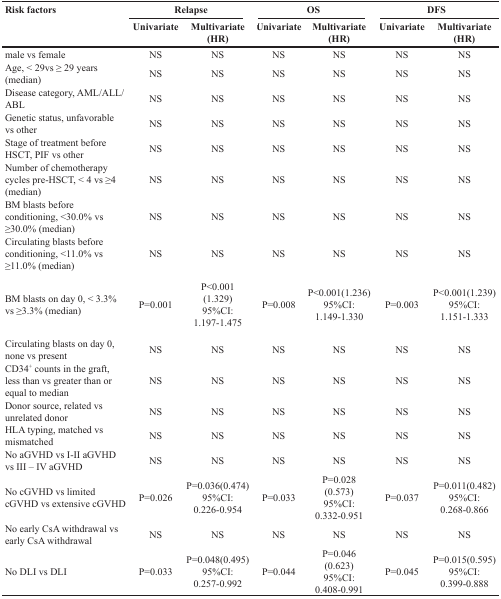
<table><thead><tr><td rowspan="2"><b>Risk factors</b></td><td colspan="2"><b>Relapse</b></td><td colspan="2"><b>OS</b></td><td colspan="2"><b>DFS</b></td></tr><tr><td><b>Univariate</b></td><td><b>Multivariate (HR)</b></td><td><b>Univariate</b></td><td><b>Multivariate (HR)</b></td><td><b>Univariate</b></td><td><b>Multivariate (HR)</b></td></tr></thead><tbody><tr><td>male vs female</td><td>NS</td><td>NS</td><td>NS</td><td>NS</td><td>NS</td><td>NS</td></tr><tr><td>Age, &lt; 29vs ≥ 29 years (median)</td><td>NS</td><td>NS</td><td>NS</td><td>NS</td><td>NS</td><td>NS</td></tr><tr><td>Disease category, AML/ALL/ABL</td><td>NS</td><td>NS</td><td>NS</td><td>NS</td><td>NS</td><td>NS</td></tr><tr><td>Genetic status, unfavorable vs other</td><td>NS</td><td>NS</td><td>NS</td><td>NS</td><td>NS</td><td>NS</td></tr><tr><td>Stage of treatment before HSCT, PIF vs other</td><td>NS</td><td>NS</td><td>NS</td><td>NS</td><td>NS</td><td>NS</td></tr><tr><td>Number of chemotherapy cycles pre-HSCT, &lt; 4 vs ≥4 (median)</td><td>NS</td><td>NS</td><td>NS</td><td>NS</td><td>NS</td><td>NS</td></tr><tr><td>BM blasts before conditioning, &lt;30.0% vs ≥30.0% (median)</td><td>NS</td><td>NS</td><td>NS</td><td>NS</td><td>NS</td><td>NS</td></tr><tr><td>Circulating blasts before conditioning, &lt;11.0% vs ≥11.0% (median)</td><td>NS</td><td>NS</td><td>NS</td><td>NS</td><td>NS</td><td>NS</td></tr><tr><td>BM blasts on day 0, &lt; 3.3% vs ≥3.3% (median)</td><td>P=0.001</td><td>P&lt;0.001 (1.329) 95%CI: 1.197-1.475</td><td>P=0.008</td><td>P&lt;0.001(1.236) 95%CI: 1.149-1.330</td><td>P=0.003</td><td>P&lt;0.001(1.239) 95%CI: 1.151-1.333</td></tr><tr><td>Circulating blasts on day 0, none vs present</td><td>NS</td><td>NS</td><td>NS</td><td>NS</td><td>NS</td><td>NS</td></tr><tr><td>CD34<sup>+</sup> counts in the graft, less than vs greater than or equal to median</td><td>NS</td><td>NS</td><td>NS</td><td>NS</td><td>NS</td><td>NS</td></tr><tr><td>Donor source, related vs unrelated donor</td><td>NS</td><td>NS</td><td>NS</td><td>NS</td><td>NS</td><td>NS</td></tr><tr><td>HLA typing, matched vs mismatched</td><td>NS</td><td>NS</td><td>NS</td><td>NS</td><td>NS</td><td>NS</td></tr><tr><td>No aGVHD vs I-II aGVHD vs III – IV aGVHD</td><td>NS</td><td>NS</td><td>NS</td><td>NS</td><td>NS</td><td>NS</td></tr><tr><td>No cGVHD vs limited cGVHD vs extensive cGVHD</td><td>P=0.026</td><td>P=0.036(0.474) 95%CI: 0.226-0.954</td><td>P=0.033</td><td>P=0.028 (0.573) 95%CI: 0.332-0.951</td><td>P=0.037</td><td>P=0.011(0.482) 95%CI: 0.268-0.866</td></tr><tr><td>No early CsA withdrawal vs early CsA withdrawal</td><td>NS</td><td>NS</td><td>NS</td><td>NS</td><td>NS</td><td>NS</td></tr><tr><td>No DLI vs DLI</td><td>P=0.033</td><td>P=0.048(0.495) 95%CI: 0.257-0.992</td><td>P=0.044</td><td>P=0.046 (0.623) 95%CI: 0.408-0.991</td><td>P=0.045</td><td>P=0.015(0.595) 95%CI: 0.399-0.888</td></tr></tbody></table>